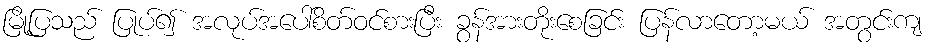
မြို့ပြသည် ပြုပ်၍ အလုပ်အပေါ်စိတ်ဝင်စားပြီး ခွန်အားတိုးစေခြင်း ပြန်လာတော့မယ် အတွင်းကျ